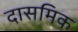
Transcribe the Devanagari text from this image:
दासमिक